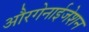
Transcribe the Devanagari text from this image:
औरगेनाईजेशन